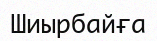
Шиырбайға